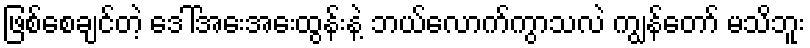
ဖြစ်စေချင်တဲ့ ဒေါ်အေးအေးထွန်းနဲ့ ဘယ်လောက်ကွာသလဲ ကျွန်တော် မသိဘူး